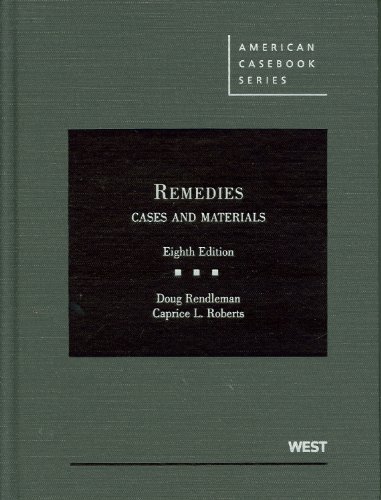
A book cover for Remedies, Cases and Materials (American Casebook Series); Doug Rendleman; Law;